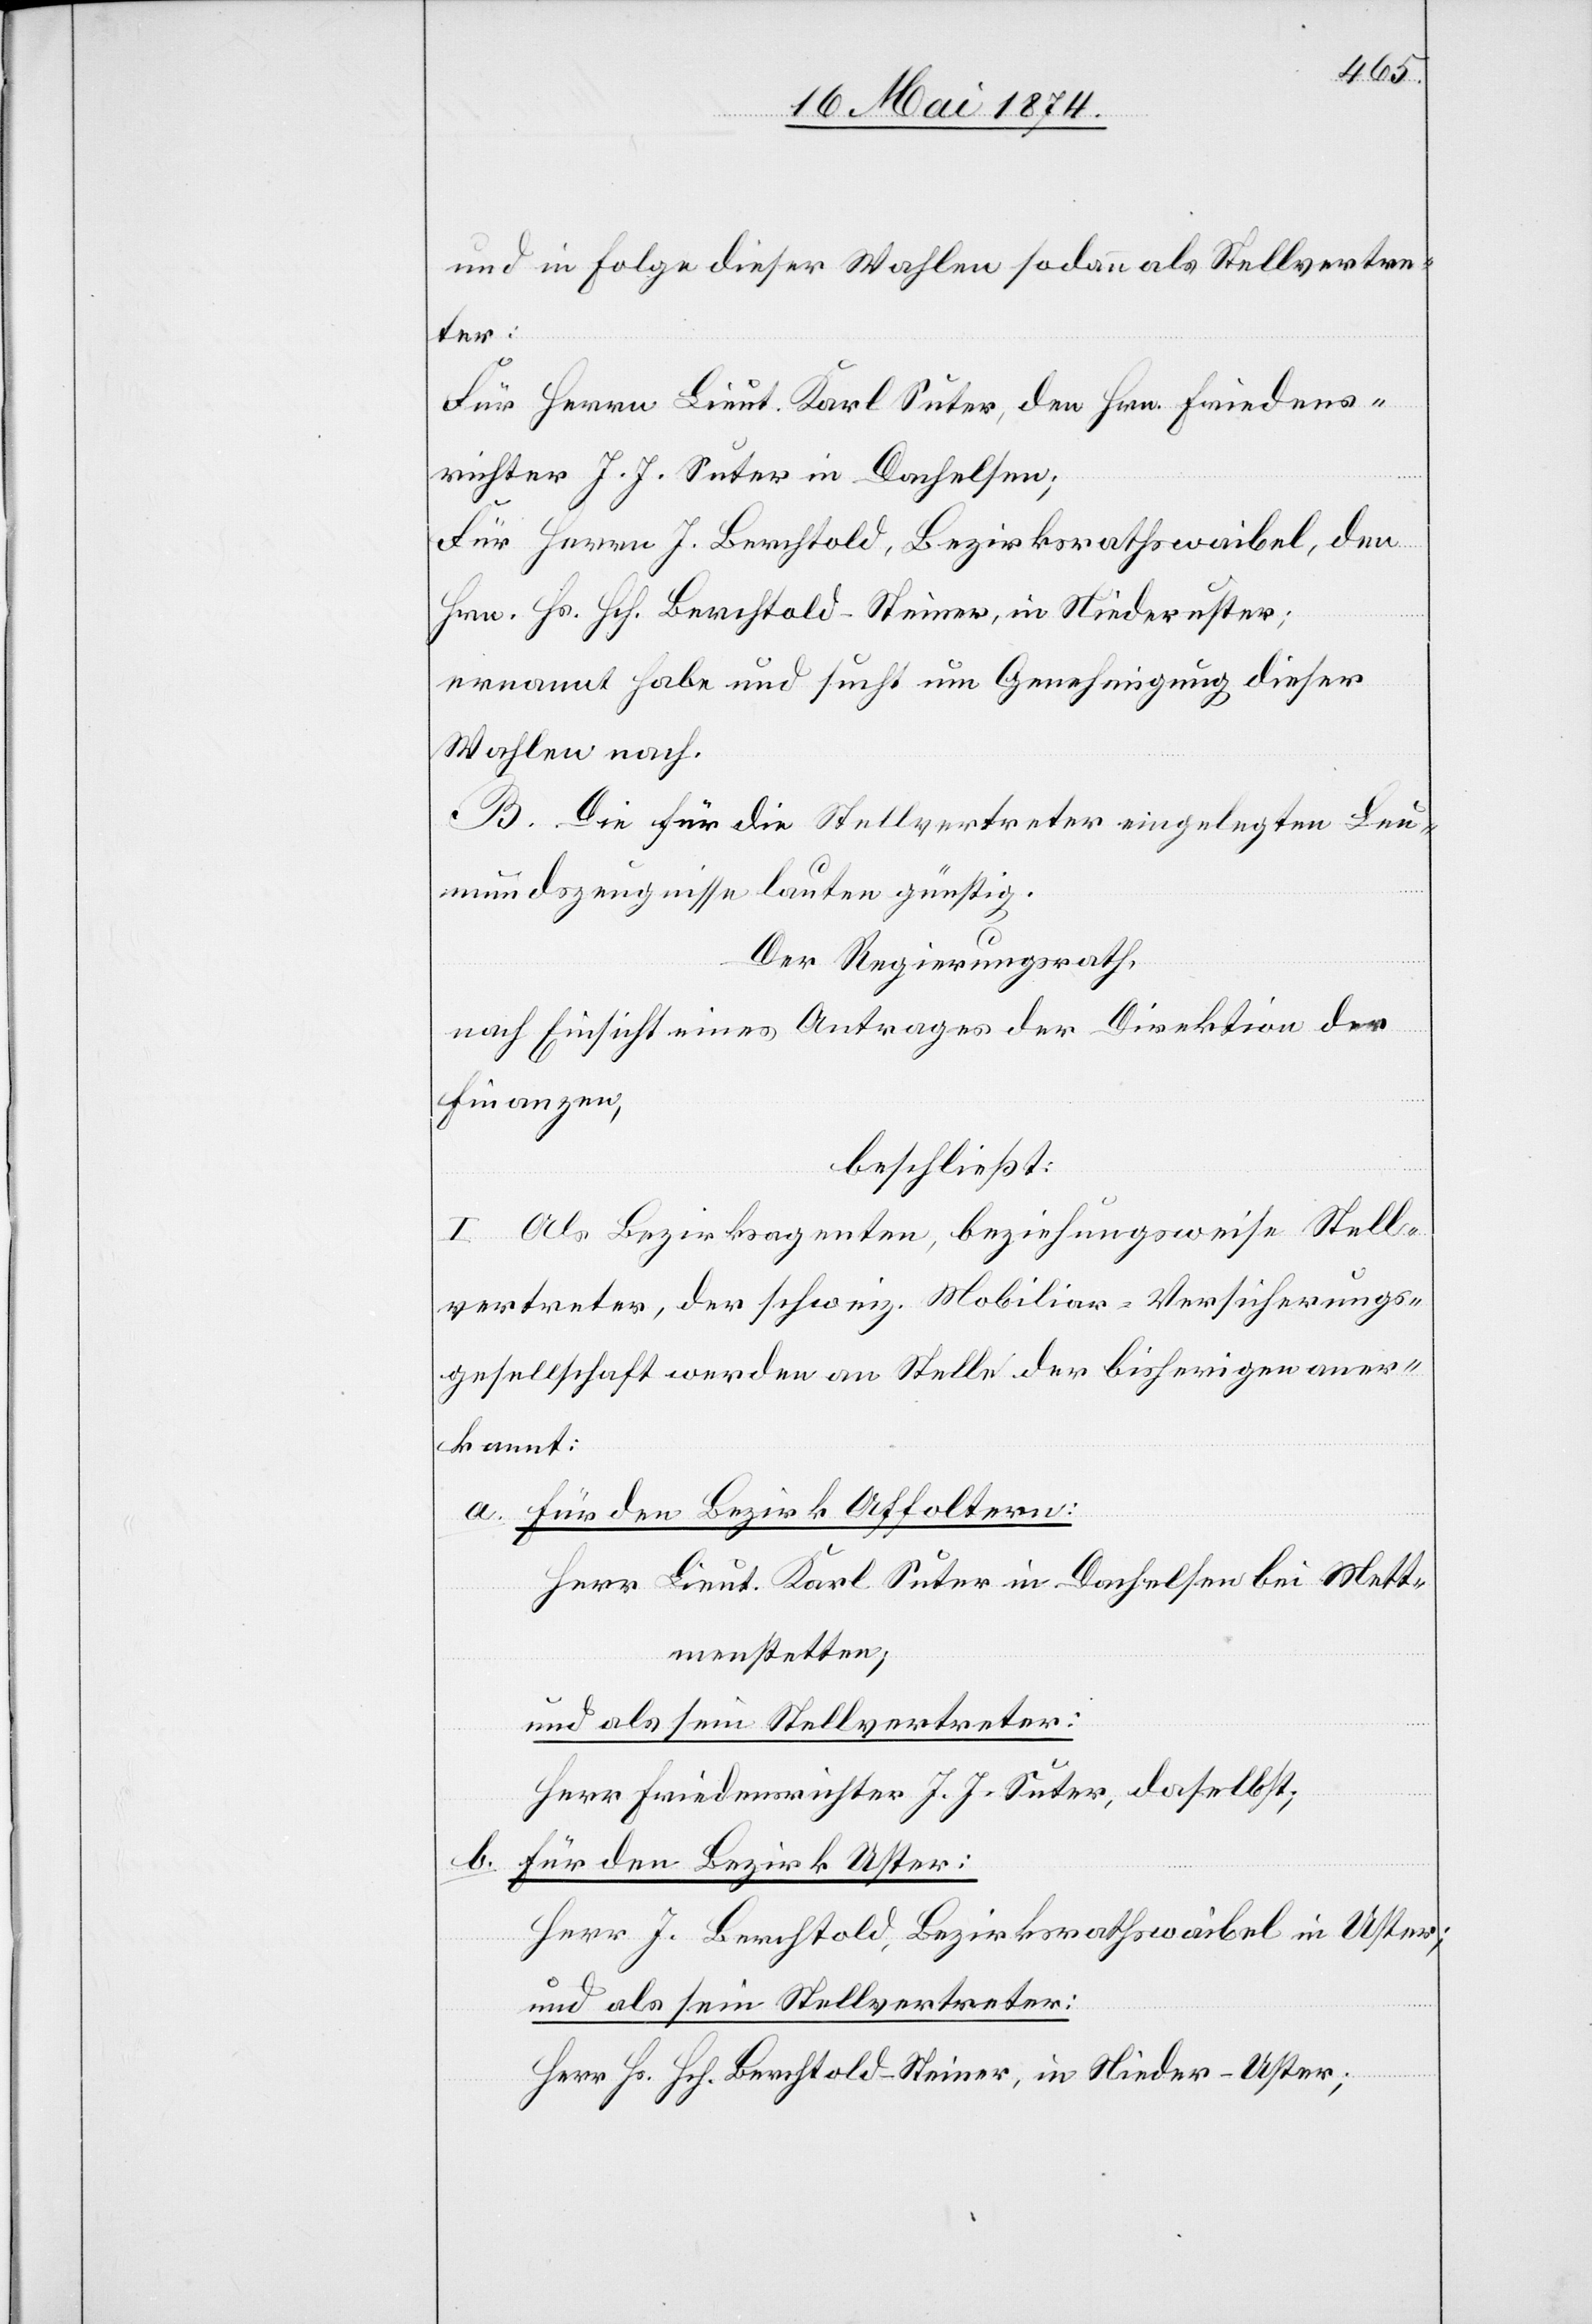
und in Folge dieser Wahlen sodann als Stellvertre¬
ter:
Für Herrn Lieut. Karl Suter, den Hrn. Friedens¬
richter J. J. Suter in Dachelsen;
Für Herrn J. Berchtold, Bezirksrathswaibel, den
Hrn. Hs. Hch. Berchtold-Steiner, in Niederuster;
ernannt habe und sucht um Genehmigung dieser
Wahlen nach.
B. Die für die Stellvertreter eingelegten Leu¬
mundszeugnisse lauten günstig.
Der Regierungsrath,
nach Einsicht eines Antrages der Direktion der
Finanzen,
beschließt:
I. Als Bezirksagenten, beziehungsweise Stell¬
vertreter, der schweiz. Mobiliar-Versicherungs¬
gesellschaft werden an Stelle der bisherigen aner¬
kannt:
a. Für den Bezirk Affoltern:
Herr Lieut. Karl Suter in Dachelsen bei Mett¬
menstetten;
und als sein Stellvertreter:
Herr Friedensrichter J. J. Suter, daselbst;
b. Für den Bezirk Uster:
Herr J. Berchtold, Bezirksrathswaibel in Uster;
und als sein Stellvertreter:
Herr Hs. Hch. Berchtold-Steiner, in Nieder-Uster